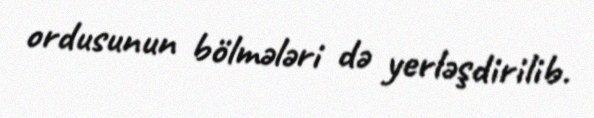
ordusunun bölmələri də yerləşdirilib.